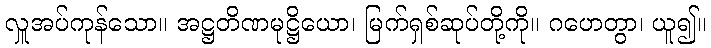
လှူအပ်ကုန်သော။ အဋ္ဌတိဏမုဋ္ဌိယော၊ မြက်ရှစ်ဆုပ်တို့ကို။ ဂဟေတွာ၊ ယူ၍။